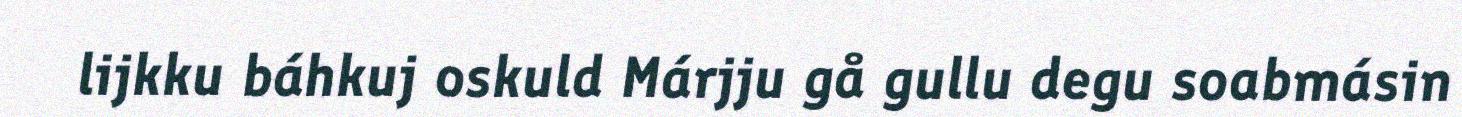
lijkku báhkuj oskuld Márjju gå gullu degu soabmásin